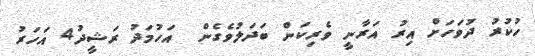
ހުކުރު ދުވަހަށް އިރު އަރާނީ ވެރިކަން ބަދަލުވެގެން  އަހުމަދު ރަޝީދު4 އަހަރު